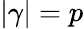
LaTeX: |\gamma|=p